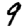
Digit: 9